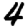
Digit: 4